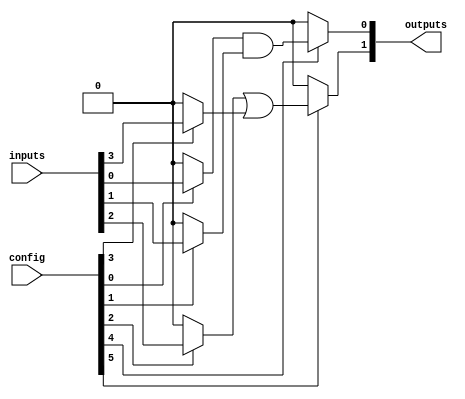
module programmable_logic_block (
    input wire [N-1:0] inputs,         // N input signals
    input wire [M-1:0] config,         // M configuration bits
    output wire [P-1:0] outputs        // P output signals
);
    parameter N = 4;                   // Number of inputs
    parameter M = 16;                  // Number of configuration bits
    parameter P = 2;                   // Number of outputs

    // Internal signals
    wire [N-1:0] mux_out;              // MUX output
    wire [N-1:0] logic_out;            // Logic gate outputs

    // Multiplexer to select inputs based on configuration
    generate
        genvar i;
        for (i = 0; i < N; i = i + 1) begin : mux
            assign mux_out[i] = (config[i] == 1'b1) ? inputs[i] : 1'b0; // Example MUX logic
        end
    endgenerate

    // Combinational logic gates
    // Example: AND, OR, NOT gates based on configuration
    assign logic_out[0] = mux_out[0] & mux_out[1]; // AND gate
    assign logic_out[1] = mux_out[2] | mux_out[3]; // OR gate
    assign logic_out[2] = ~mux_out[0];              // NOT gate

    // Output selection based on configuration
    generate
        genvar j;
        for (j = 0; j < P; j = j + 1) begin : output_select
            assign outputs[j] = (config[N+j] == 1'b1) ? logic_out[j] : 1'b0; // Example output selection
        end
    endgenerate

endmodule